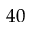
4 0